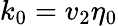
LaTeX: k_{0}=v_{2}\eta_{0}